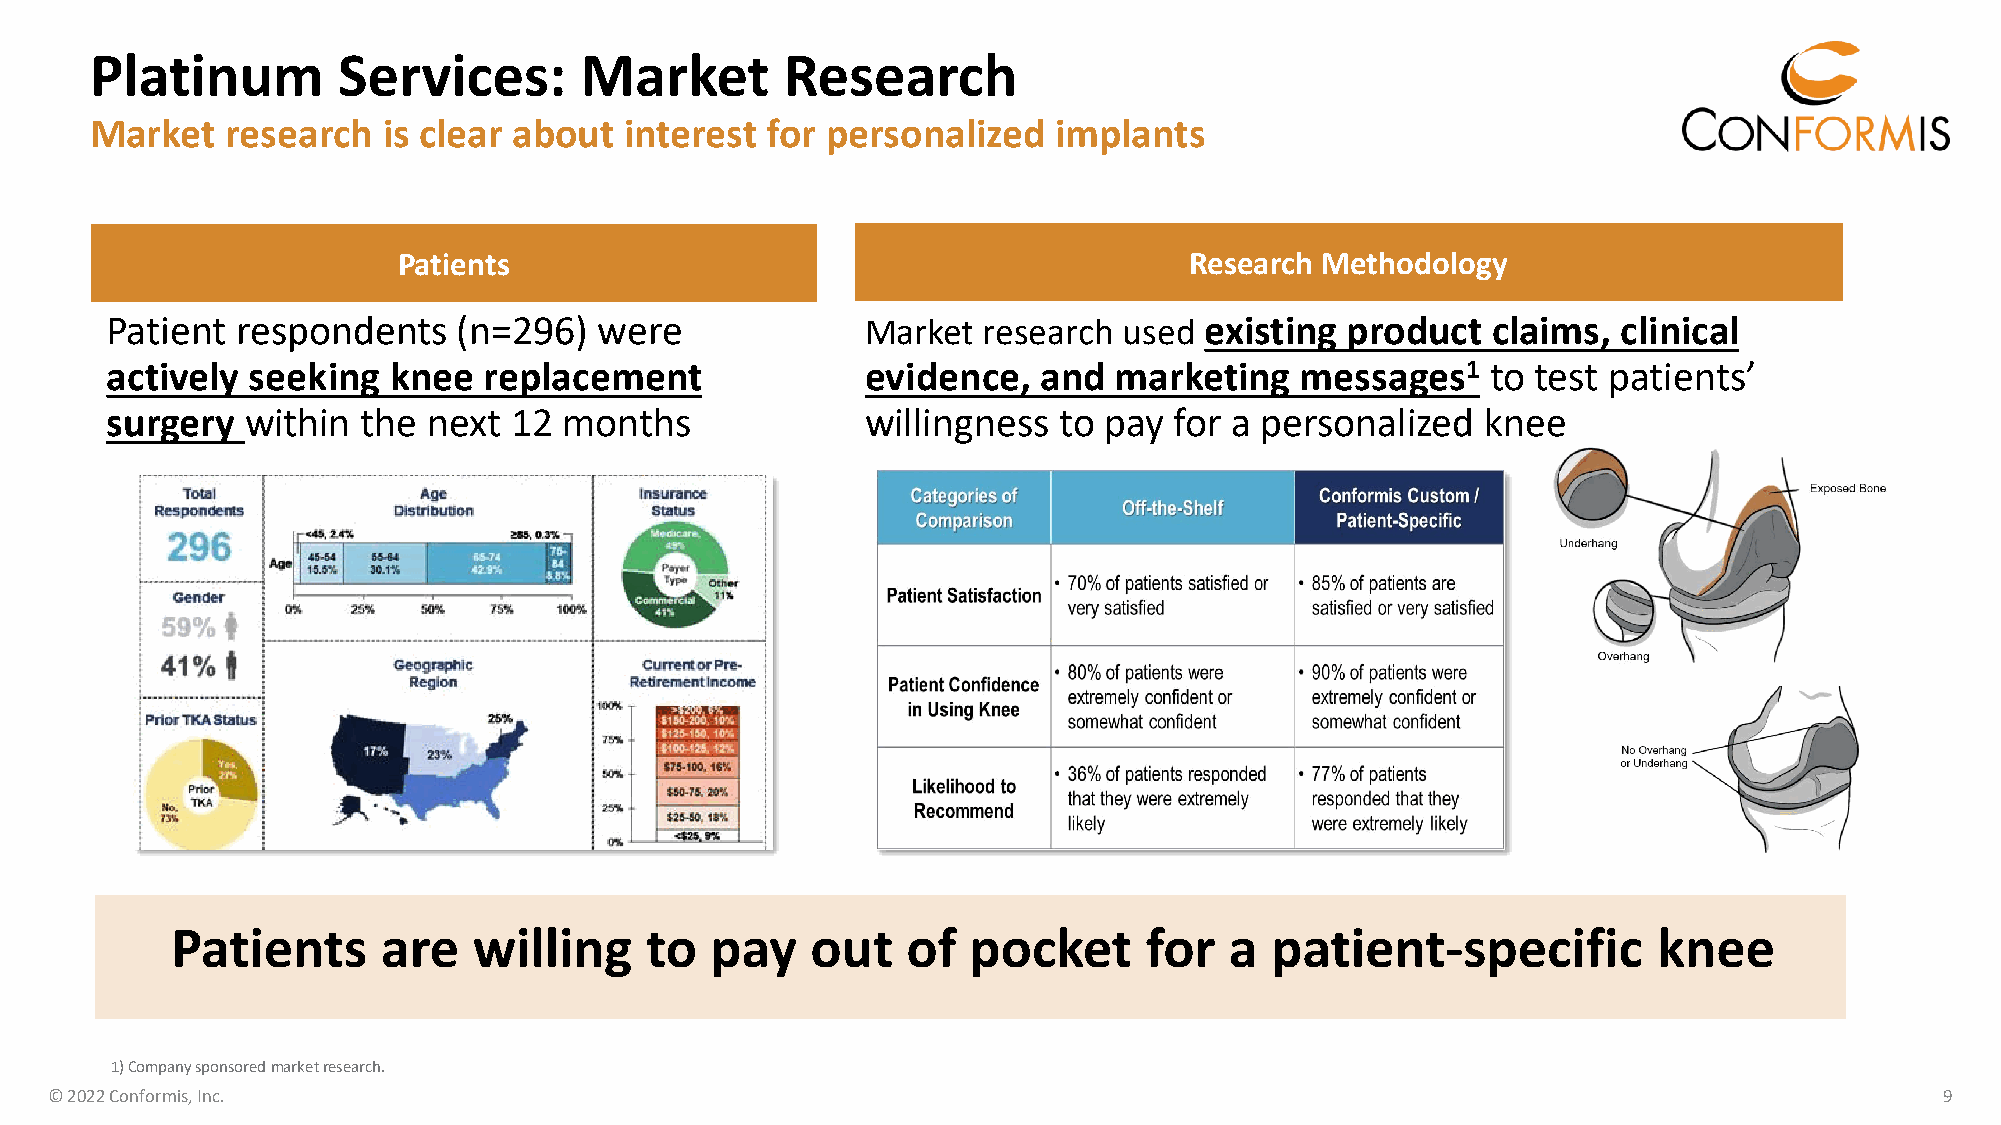
Platinum        Services:       Market        Research
 Market   research  is clear about  interest  for personalized   implants
 Patients                                             Research Methodology
 Patient  respondents   (n=296)   were             Market  research used  existing product   claims, clinical
 actively seeking   knee  replacement              evidence,   and  marketing   messages1    to test patients’
 surgery  within  the next  12 months              willingness  to pay  for a personalized  knee
 Patients      are   willing     to  pay    out   of  pocket      for  a  patient-specific          knee
 1) Company sponsored market research.
 © 2022 Conformis, Inc.                                                                                                        9